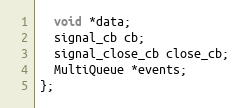
Language: C
  void *data;
  signal_cb cb;
  signal_close_cb close_cb;
  MultiQueue *events;
};